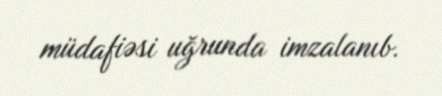
müdafiəsi uğrunda imzalanıb.